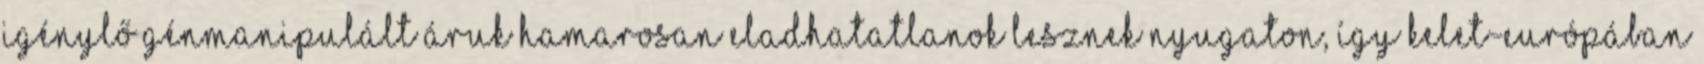
igénylő génmanipulált áruk hamarosan eladhatatlanok lesznek Nyugaton, így Kelet-Európában